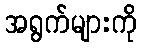
အရွက်များကို